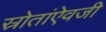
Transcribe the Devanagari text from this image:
स्रोतांऐवजी